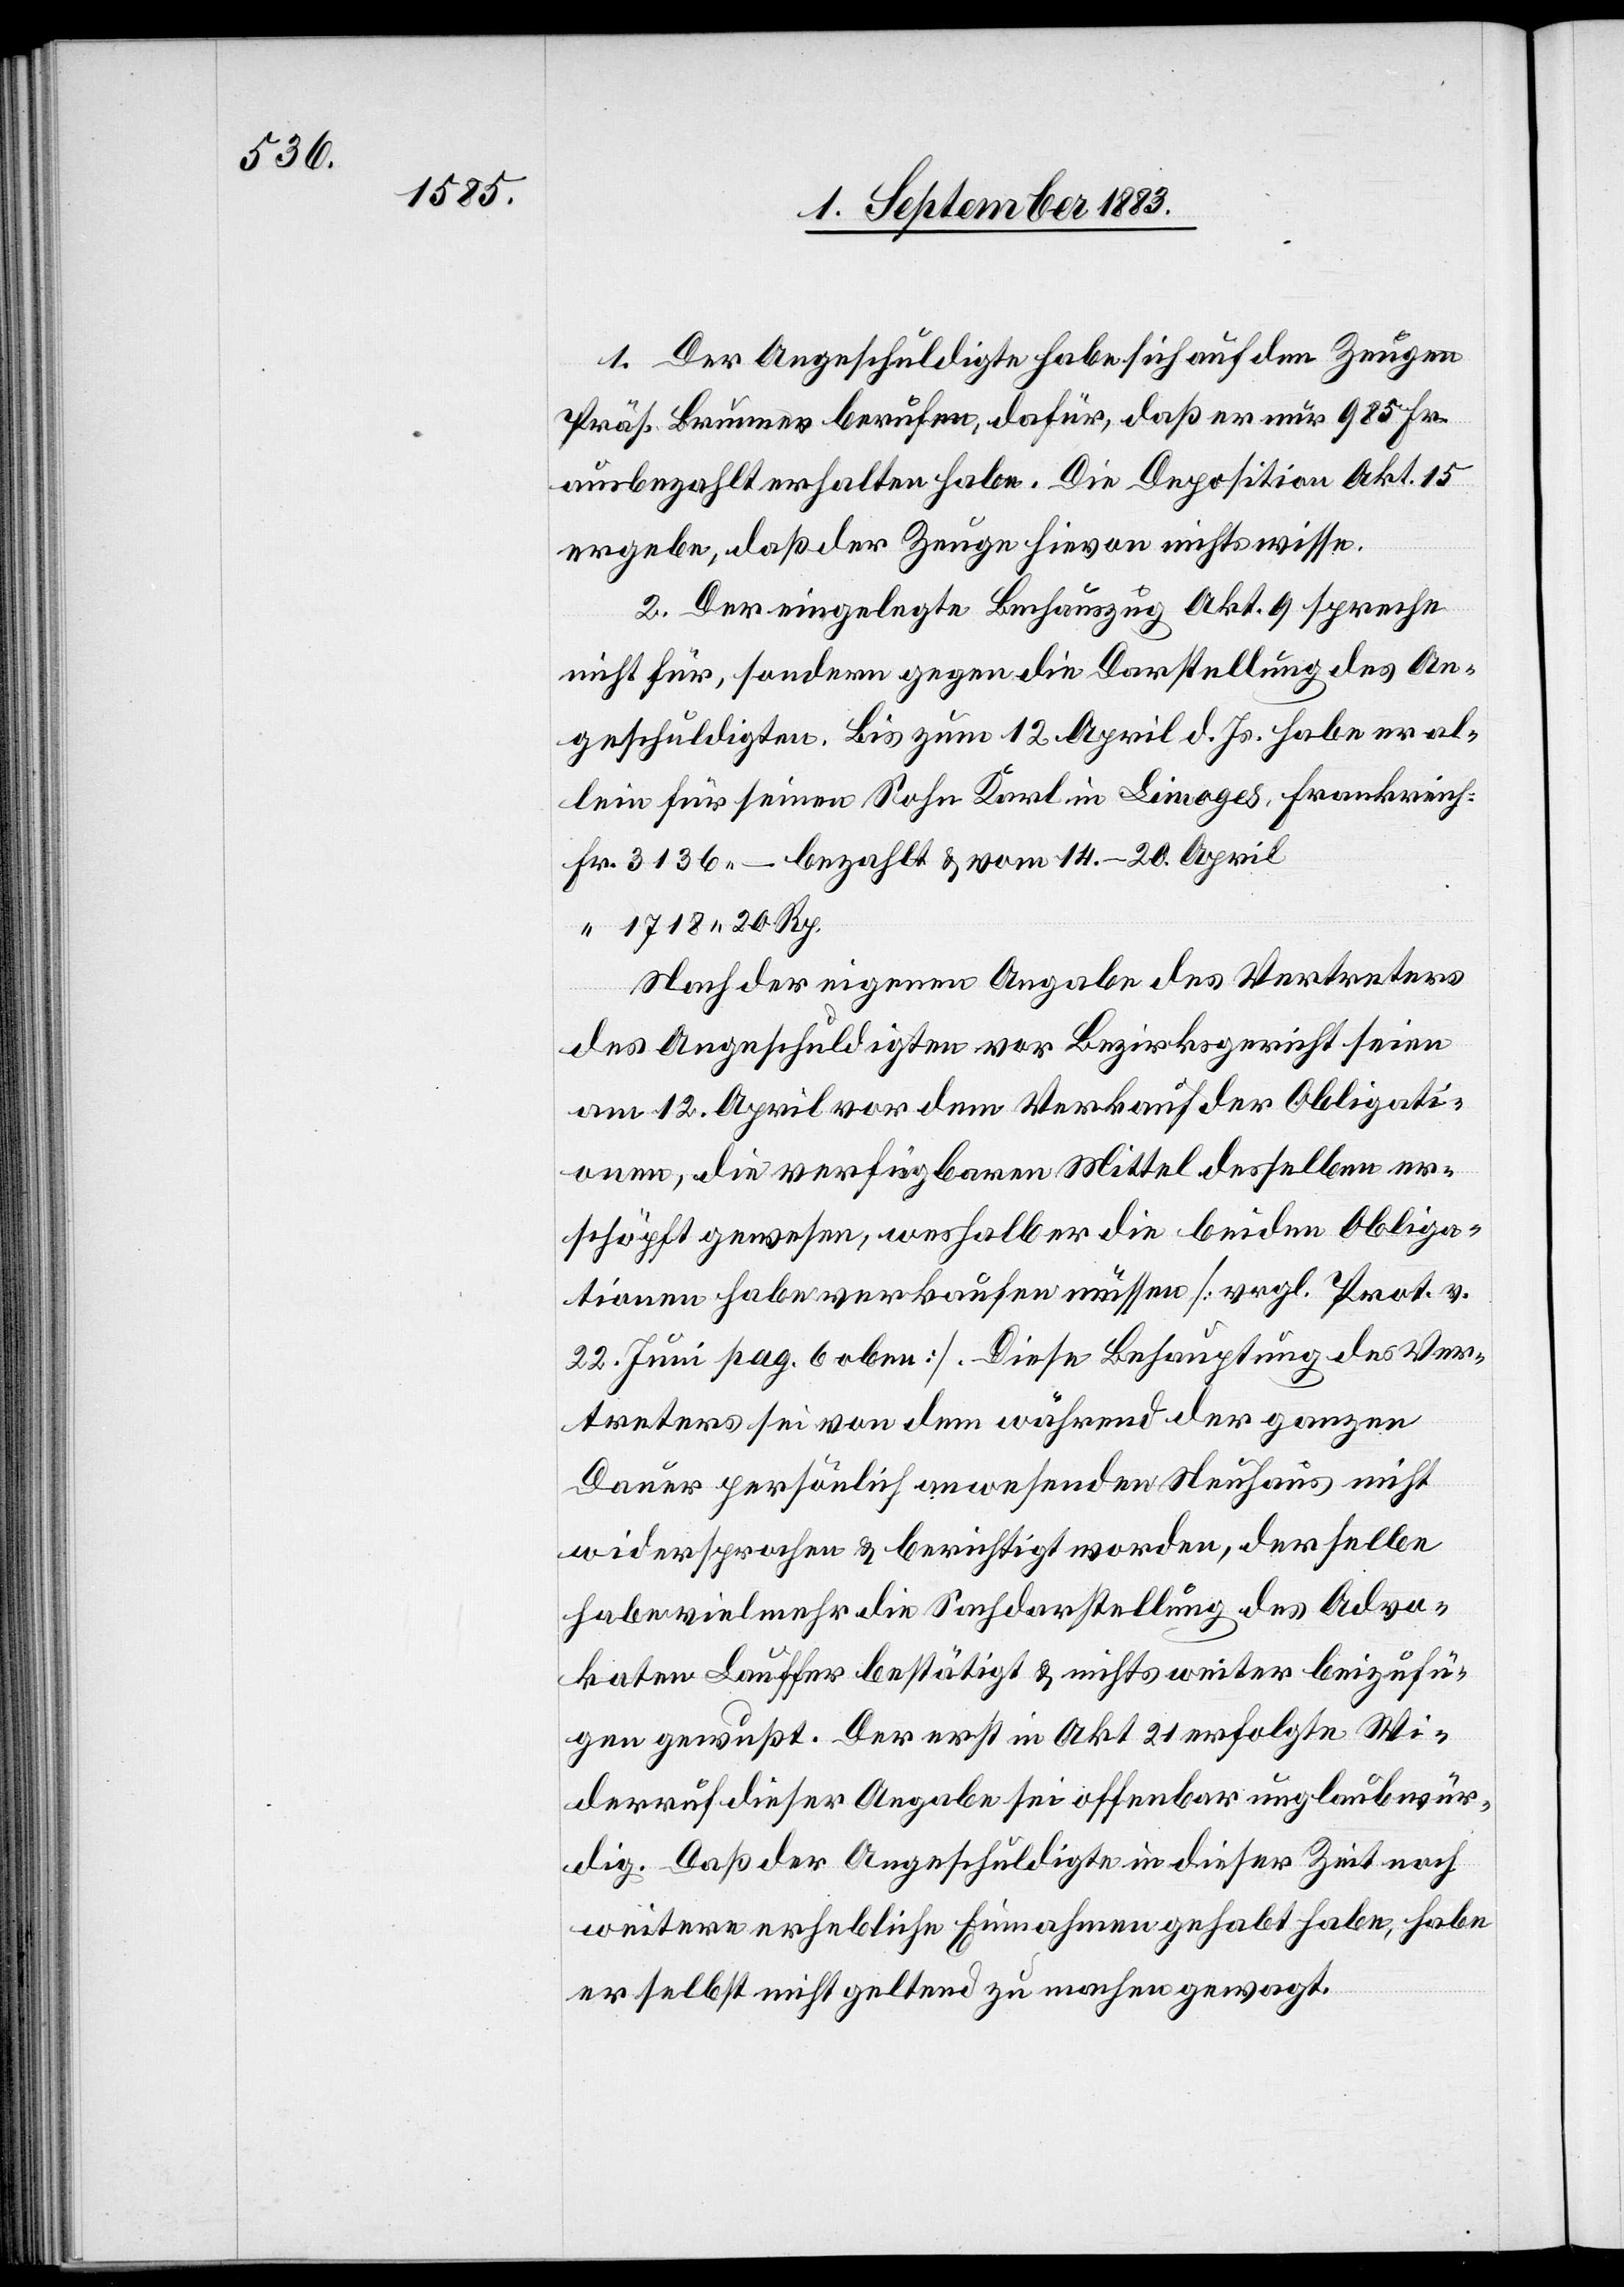
1. Der Angeschuldigte habe sich auf den Zeugen
Präs. Brunner berufen, dafür, daß er nur 985 Fr.
ausbezahlt erhalten habe. Die Deposition Akt. 15
ergebe, daß der Zeuge hievon nichts wisse.
2. Der eingelegte Buchauszug Akt. 9 spreche
nicht für, sondern gegen die Darstellung der An¬
geschuldigten. Bis zum 12. April d. Js. habe er al¬
lein für einen Sohn Karl in Limoges, Frankreich
Fr. 3136.– bezahlt & vom 14.–20. April
1718 20 Rp.
Nach der eigenen Angabe des Vertreters
des Angeschuldigten vor Bezirksgericht seien
am 12. April vor dem Verkauf der Obligati¬
onen, die verfügbaren Mittel desselben er¬
schöpft gewesen, weshalb er die beiden Obliga¬
tionen habe verkaufen müssen [vergl. Prot. v.
22. Juni pag. 6 oben]. Diese Behauptung des Ver¬
treters sei von dem während der ganzen
Dauer persönlich anwesenden Neuhaus nicht
widersprochen & berichtigt worden, derselbe
habe vielmehr die Sachdarstellung des Advo¬
katen Lauffer bestätigt & nichts weiter beizufü¬
gen gewußt. Der erst in Akt. 21 erfolgte Wi¬
derruf dieser Angabe sei offenbar unglaubwür¬
dig. Daß der Angeschuldigte in dieser Zeit noch
weitere erhebliche Einnahmen gehabt habe, habe
er selbst nicht geltend zu machen gewagt.